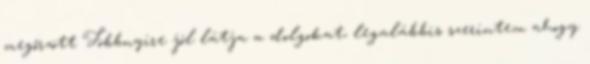
megőrzött Többnyire jól látja a dolgokat, legalábbis szerintem ahogy